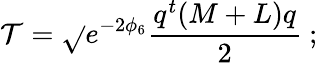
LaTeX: \mathcal{T}=\sqrt{}{{e^{-2\phi_{6}}\frac{{q^{t}(M+L)q}}{{2}}}}\ ;